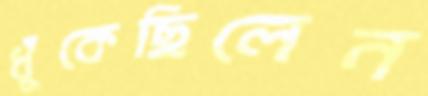
ধুঁকেছিলেন